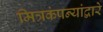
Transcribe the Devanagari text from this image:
मित्रकंपन्यांद्वारे